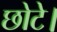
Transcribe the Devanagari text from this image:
छोटे।